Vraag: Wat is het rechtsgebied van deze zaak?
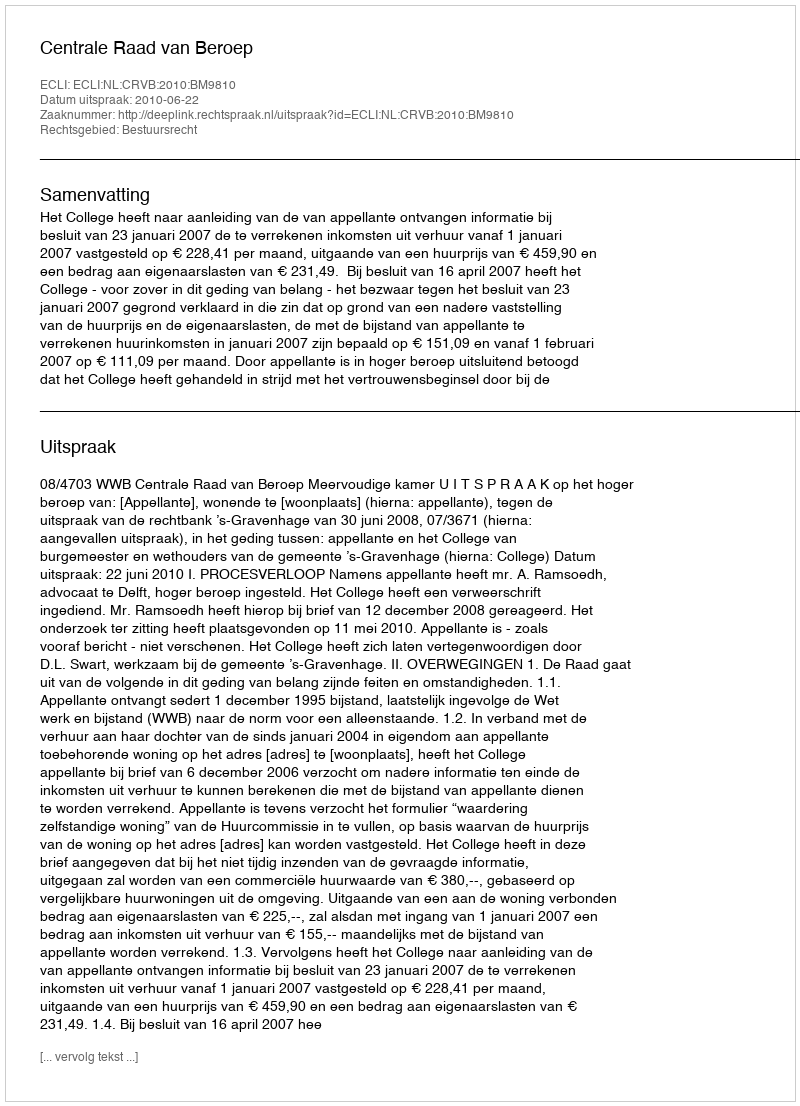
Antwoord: Bestuursrecht